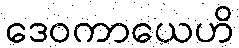
ဒေဝကာယေဟိ